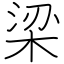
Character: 梁